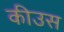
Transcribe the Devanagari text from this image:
कीउस